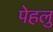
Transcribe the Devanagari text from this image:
पेहलु